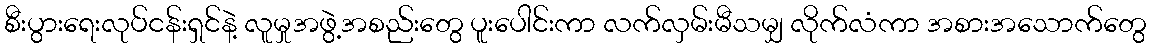
စီးပွားရေးလုပ်ငန်းရှင်နဲ့ လူမှုအဖွဲ့အစည်းတွေ ပူးပေါင်းကာ လက်လှမ်းမီသမျှ လိုက်လံကာ အစားအသောက်တွေ